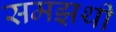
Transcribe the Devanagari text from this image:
समझथी